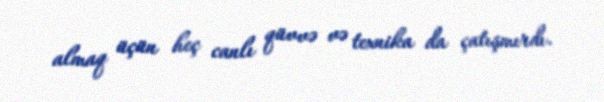
almaq üçün heç canlı qüvvə və texnika da çatışmırdı.